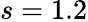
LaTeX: s=1.2